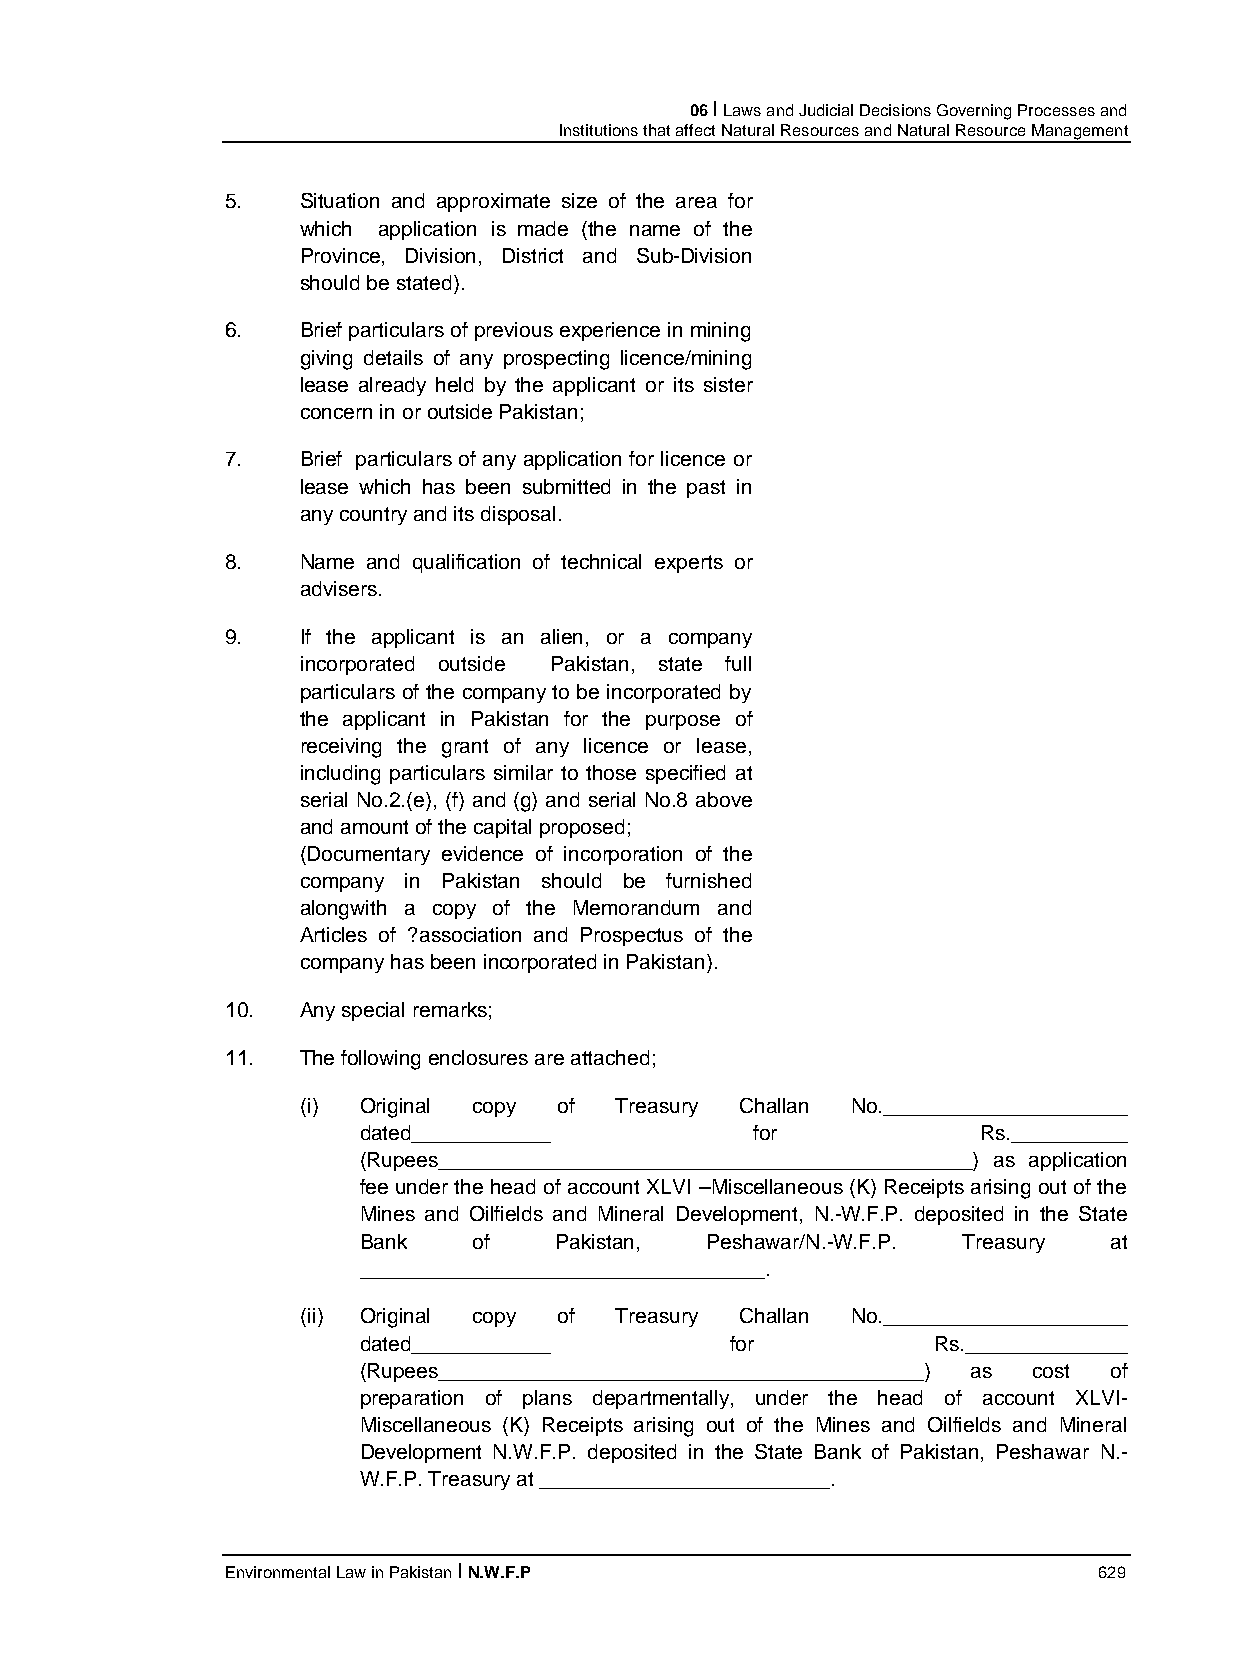
06 I Laws and Judicial Decisions Governing Processes and
 Institutions that affect Natural Resources and Natural Resource Management
 5.   Situation and approximate size of the area for
 which application is made (the name of the
 Province, Division, District and Sub-Division
 should be stated).
 6.   Brief particulars of previous experience in mining
 giving details of any prospecting licence/mining
 lease already held by the applicant or its sister
 concern in or outside Pakistan;
 7.   Brief particulars of any application for licence or
 lease which has been submitted in the past in
 any country and its disposal.
 8.   Name and qualification of technical experts or
 advisers.
 9.   If the applicant is an alien, or a company
 incorporated outside Pakistan, state full
 particulars of the company to be incorporated by
 the applicant in Pakistan for the purpose of
 receiving the grant of any licence or lease,
 including particulars similar to those specified at
 serial No.2.(e), (f) and (g) and serial No.8 above
 and amount of the capital proposed;
 (Documentary evidence of incorporation of the
 company in Pakistan should be furnished
 alongwith a copy of the Memorandum and
 Articles of ?association and Prospectus of the
 company has been incorporated in Pakistan).
 10.  Any special remarks;
 11.  The following enclosures are attached;
 (i) Original copy of Treasury Challan No._____________________
 dated____________         for            Rs.__________
 (Rupees______________________________________________) as application
 fee under the head of account XLVI –Miscellaneous (K) Receipts arising out of the
 Mines and Oilfields and Mineral Development, N.-W.F.P. deposited in the State
 Bank   of    Pakistan, Peshawar/N.-W.F.P. Treasury at
 ___________________________________.
 (ii) Original copy of Treasury Challan No._____________________
 dated____________       for           Rs.______________
 (Rupees__________________________________________) as cost of
 preparation of plans departmentally, under the head of account XLVI-
 Miscellaneous (K) Receipts arising out of the Mines and Oilfields and Mineral
 Development N.W.F.P. deposited in the State Bank of Pakistan, Peshawar N.-
 W.F.P. Treasury at _________________________.
 Environmental Law in Pakistan I N.W.F.P                   629